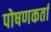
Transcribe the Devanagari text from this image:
पोषणकर्ता